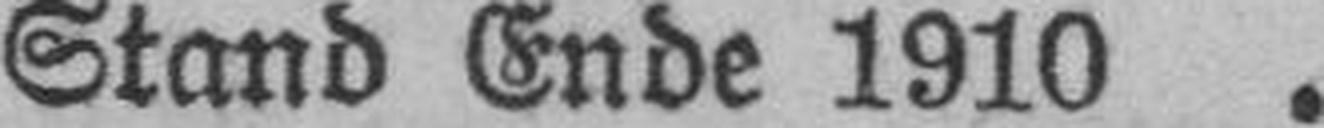
Stand Ende 1910 .